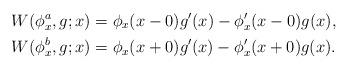
LaTeX: \begin{align*} W(\phi^a_x,g;x) &=\phi_x(x-0)g'(x)-\phi_x'(x-0)g(x), \\ W(\phi^b_x,g;x) &=\phi_x(x+0)g'(x)-\phi_x'(x+0)g(x).\end{align*}